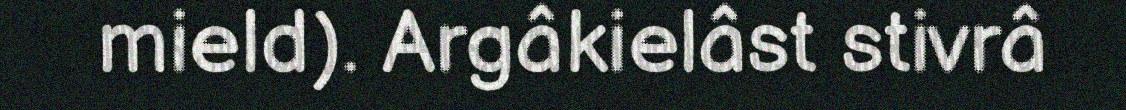
mield). Argâkielâst stivrâ